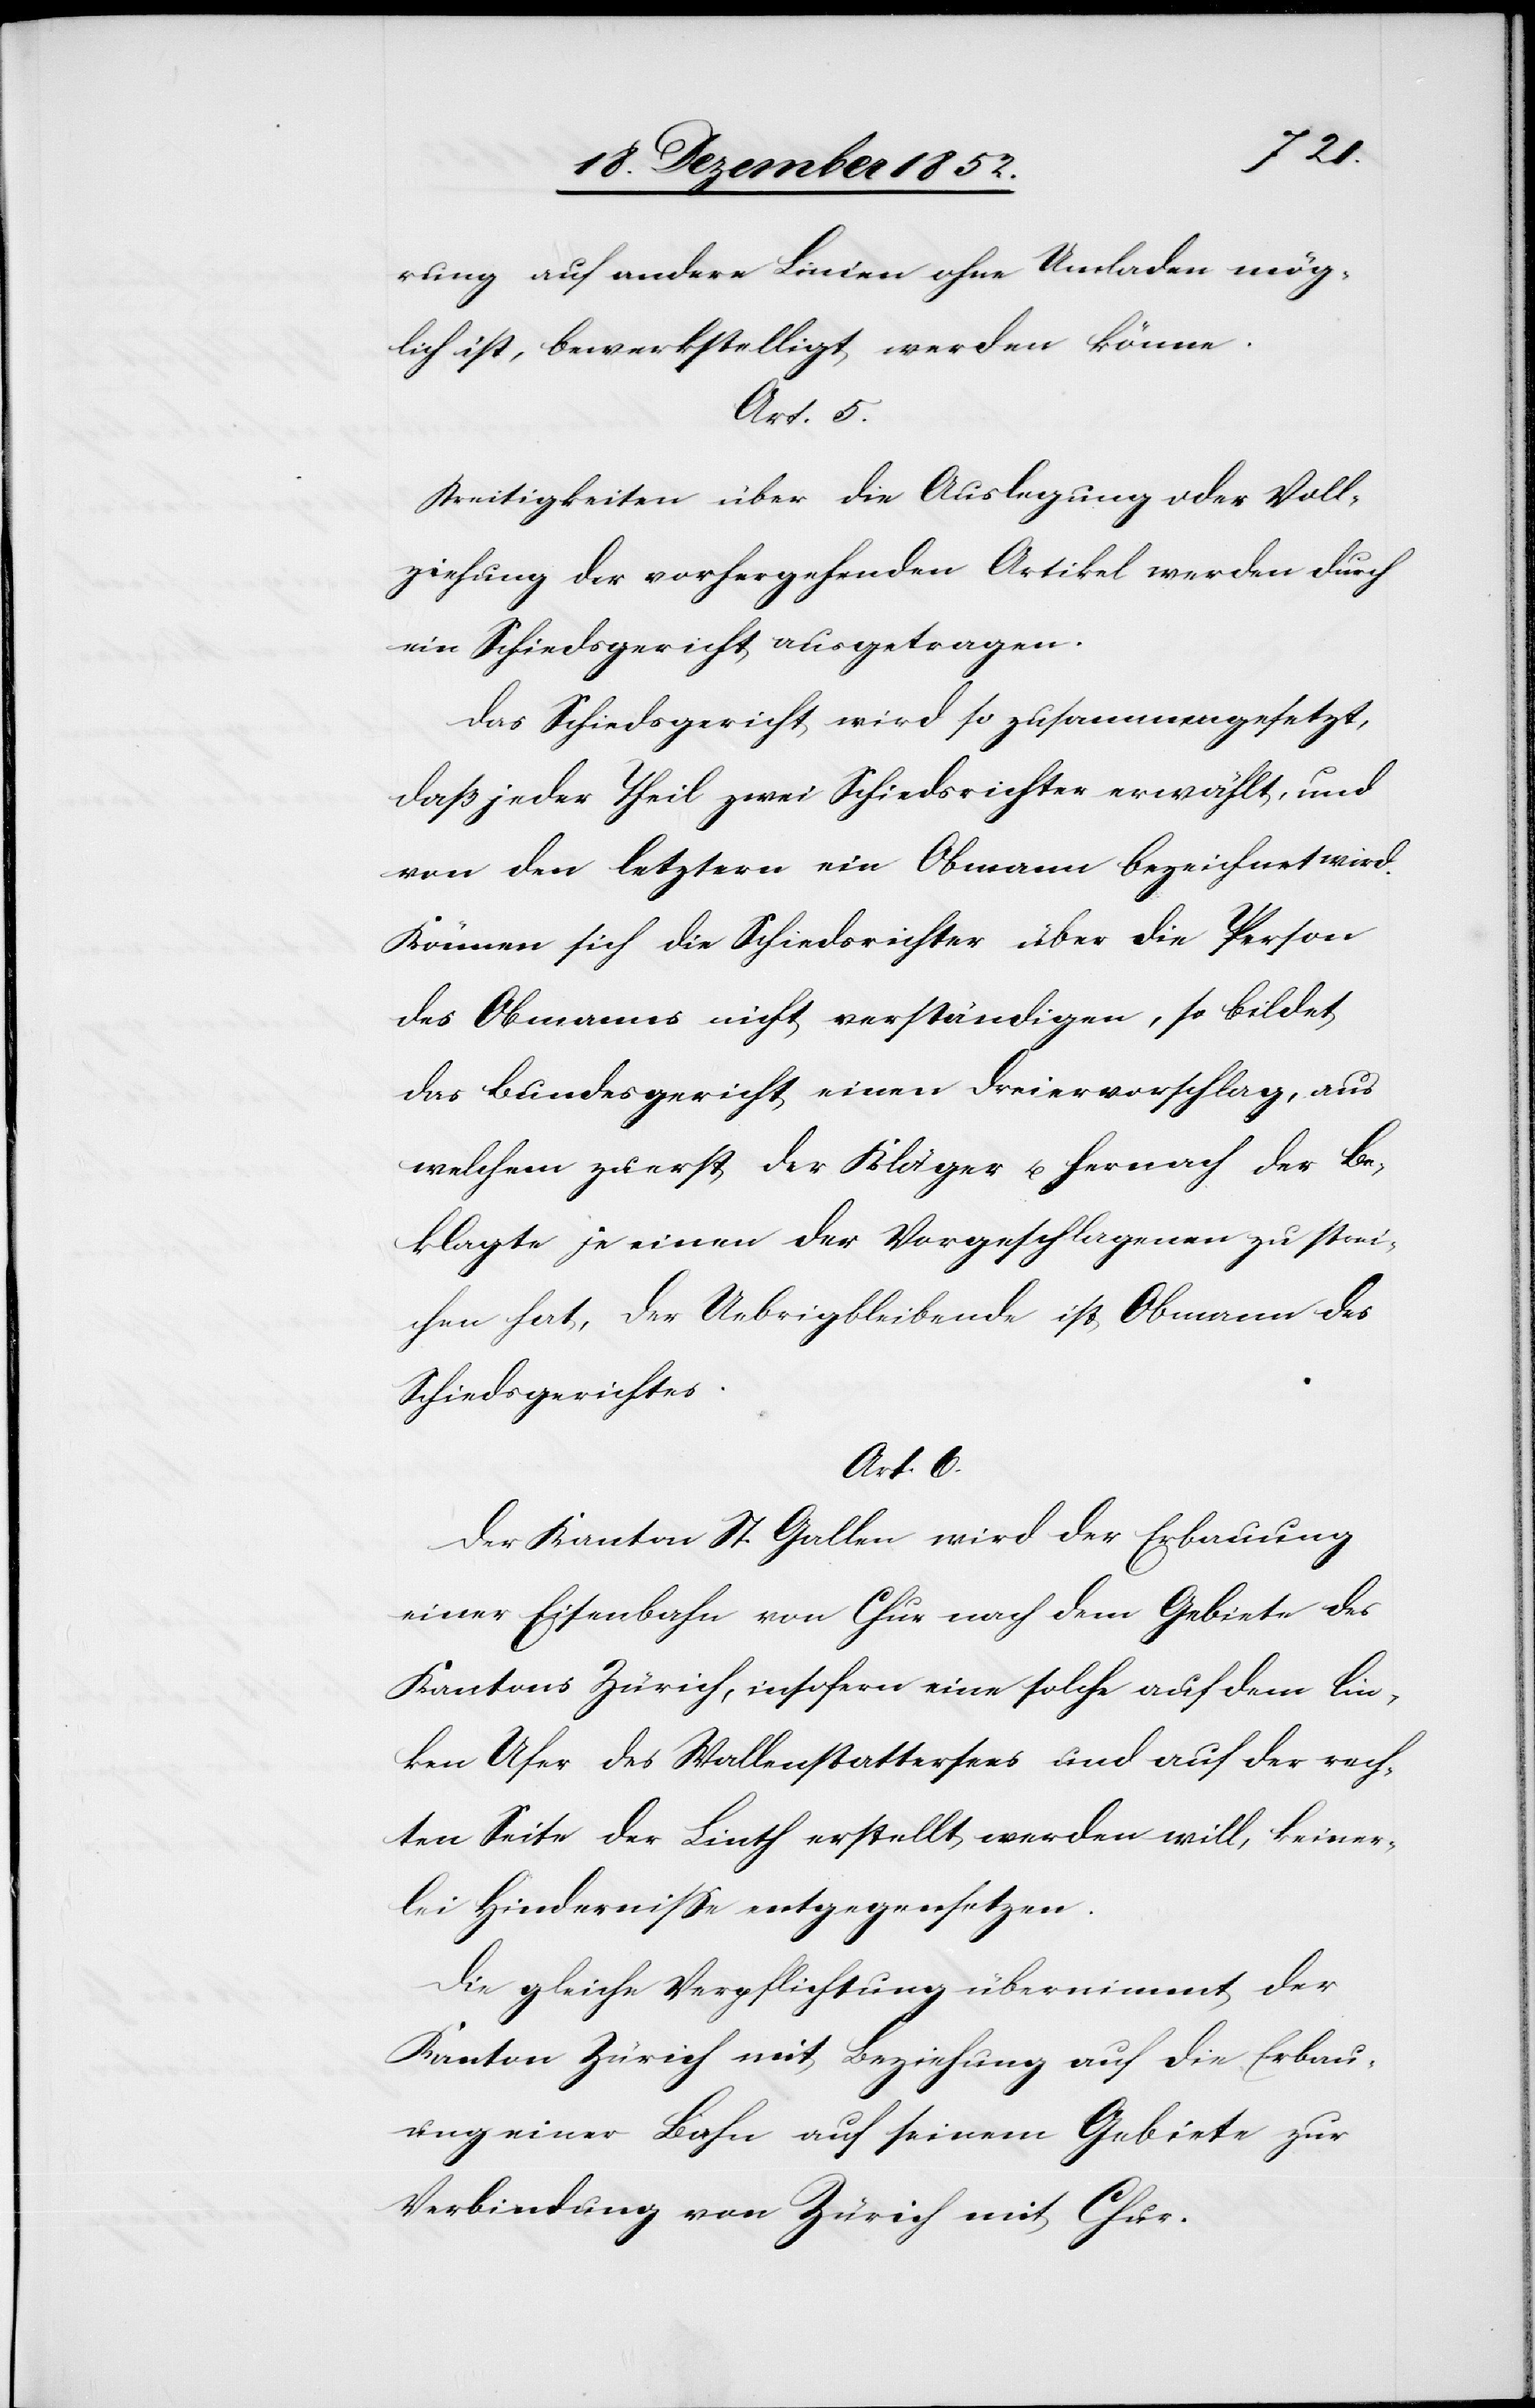
rung auf andere Linien ohne Umladen mög¬
lich ist, bewerkstelligt werden könne.
Streitigkeiten über die Auslegung oder Voll¬
ziehung der vorhergehenden Artikel werden durch
ein Schiedsgericht ausgetragen.
Das Schiedsgericht wird so zusammengesetzt,
daß jeder Theil zwei Schiedsrichter erwählt, und
von den letztern ein Obmann bezeichnet wird.
Können sich die Schiedsrichter über die Person
des Obmanns nicht verständigen, so bildet
das Bundesgericht einen Dreiervorschlag, aus
welchem zuerst der Kläger u. hernach der Be¬
klagte je einen der Vorgeschlagenen zu strei¬
chen hat, der Uebrigbleibende ist Obmann des
Schiedsgerichtes.
Art. 6.
Der Kanton St. Gallen wird der Erbauung
einer Eisenbahn von Chur nach dem Gebiete des
Kantons Zürich, insofern eine solche auf dem lin¬
ken Ufer des Wallenstattersees und auf der rech¬
ten Seite der Linth erstellt werden will, keiner¬
lei Hindernisse entgegensetzen.
Die gleiche Verpflichtung übernimmt der
Kanton Zürich mit Beziehung auf die Erbau¬
ung einer Bahn auf seinem Gebiete zur
Verbindung von Zürich mit Chur.